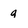
Character: g